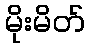
မိုးမိတ်